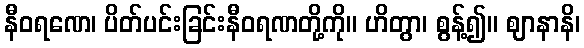
နီဝရဏေ၊ ပိတ်ပင်းခြင်းနီဝရဏတို့ကို။ ဟိတွာ၊ စွန့်၍။ ဈာနာနိ၊